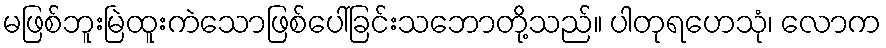
မဖြစ်ဘူးမြဲထူးကဲသောဖြစ်ပေါ်ခြင်းသဘောတို့သည်။ ပါတုရဟေသုံ၊ လောက